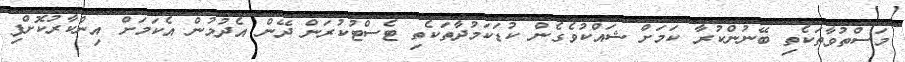
މަސްތުވާތަކެތި ބޭނުންކުރާ ކަމަށް ޝައްކުވެގެން ކުޑަކަމުދާތަކެތި ޓެސްޓުކުރަން ދޭން އެދުމުން އެކަމަށް އިންކާރުކޮށްފި